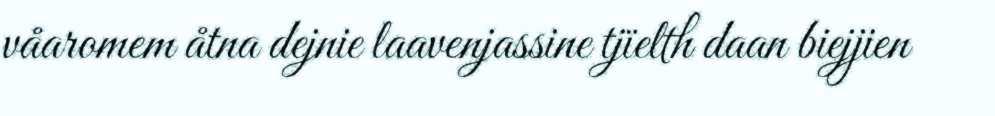
våaromem åtna dejnie laavenjassine tjïelth daan biejjien